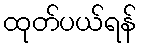
ထုတ်ပယ်ရန်